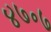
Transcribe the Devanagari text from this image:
४७॰७